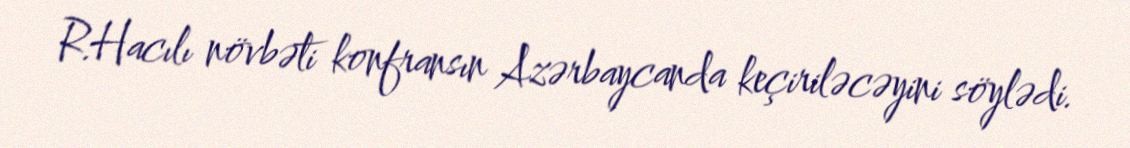
R.Hacılı növbəti konfransın Azərbaycanda keçiriləcəyini söylədi.